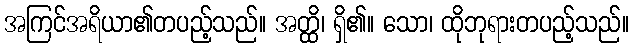
အကြင်အရိယာ၏တပည့်သည်။ အတ္ထိ၊ ရှိ၏။ သော၊ ထိုဘုရားတပည့်သည်။